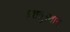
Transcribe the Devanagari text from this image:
६शत्रुस्थान